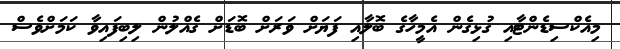
މިއެކްސިޑެންޓާއި ގުޅިގެން އެމީހާގެ ބޮލާއި ފަޔަށް ވަރަށް ބޮޑަށް ގެއްލުން ލިބިފައިވާ ކަމަށްވެސް